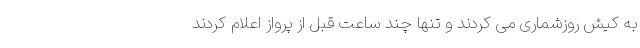
به کیش روزشماری می کردند و تنها چند ساعت قبل از پرواز اعلام کردند